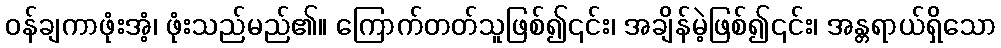
ဝန်ချကာဖုံးအံ့၊ ဖုံးသည်မည်၏။ ကြောက်တတ်သူဖြစ်၍၎င်း၊ အချိန်မဲ့ဖြစ်၍၎င်း၊ အန္တရာယ်ရှိသော